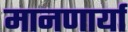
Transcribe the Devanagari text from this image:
मानणार्या